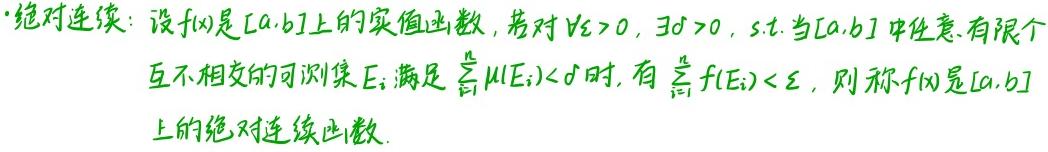
绝对连续：设$f(x)$是$[a,b]$上的实值函数，若对$\forall \varepsilon > 0$，$\exists \delta > 0$，s.t.当$[a,b]$中任意有限个互不相交的可测集$E_i$满足$\sum_{i = 1}^{n}\mu(E_i)<\delta$时，有$\sum_{i = 1}^{n}|f(E_i)|<\varepsilon$，则称$f(x)$是$[a,b]$上的绝对连续函数.